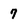
Character: 7